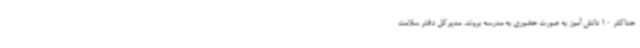
حداکثر 10 دانش آموز به صورت حضوری به مدرسه بروند. مدیرکل دفتر سلامت